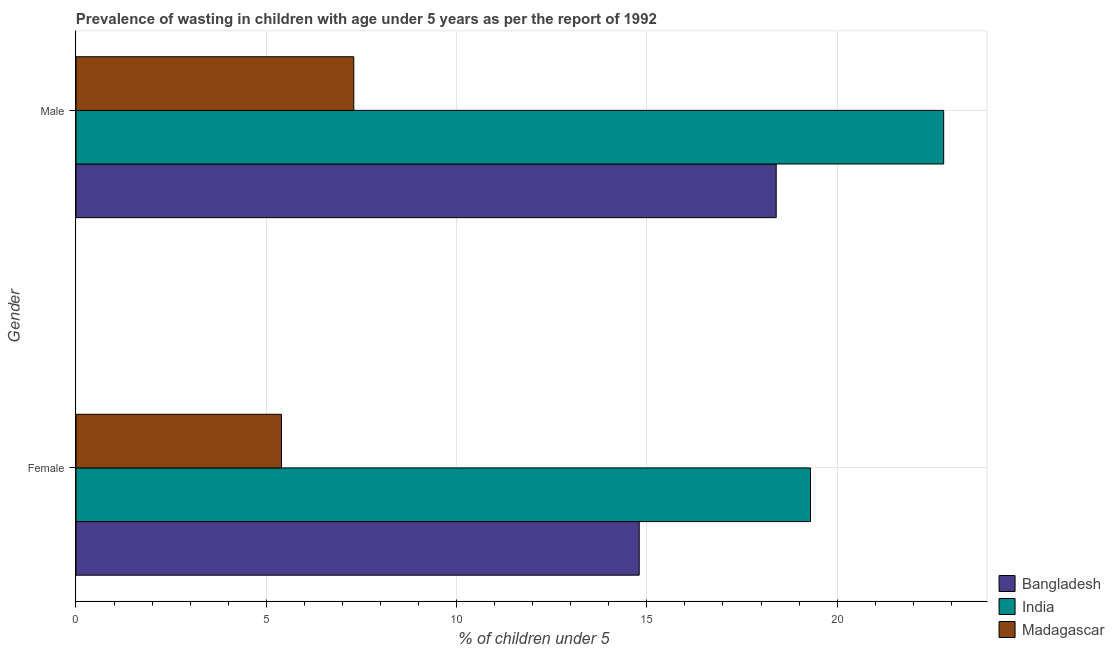
| Gender | Bangladesh | India | Madagascar |
 | --- | --- | --- | --- |
 | Female | 14.8 | 19.3 | 5.4 |
 | Male | 18.4 | 22.8 | 7.3 |